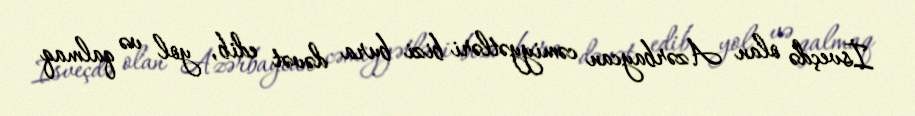
İsveçdə olan Azərbaycan cəmiyyətləri bizi bura dəvət edib, yol və qalmaq